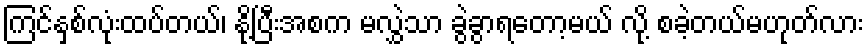
ကြင်နှစ်လုံးထပ်တယ်၊ နို့ပြီးအစက မလွှဲသာ ခွဲခွာရတော့မယ် လို့ စခဲ့တယ်မဟုတ်လား